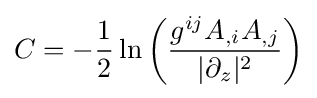
C=-{\frac {1}{2}}\ln \left({\frac {g^{ij}A_{,i}A_{,j}}{|\partial _{z}|^{2}}}\right)